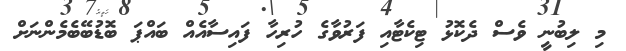
މި ލިބުނީ ވެސް ދެކޮޅު ޓިކެޓާއި ފަރުވާގެ ހުރިހާ ފައިސާއެއް ބައްޕަ ބޮޑުބޭބެމެންނަށް